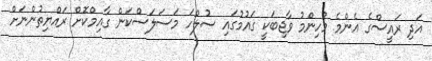
އަދި ރައީސްގެ އެންމެ މުހިންމު ވާޖިބަކީ ގައުމުގައި ސުލްހަ މަސަލަސްކަން ގާއިމްކޮށް ރައްޔިތުންނަށް